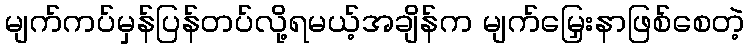
မျက်ကပ်မှန်ပြန်တပ်လို့ရမယ့်အချိန်က မျက်မြှေးနာဖြစ်စေတဲ့